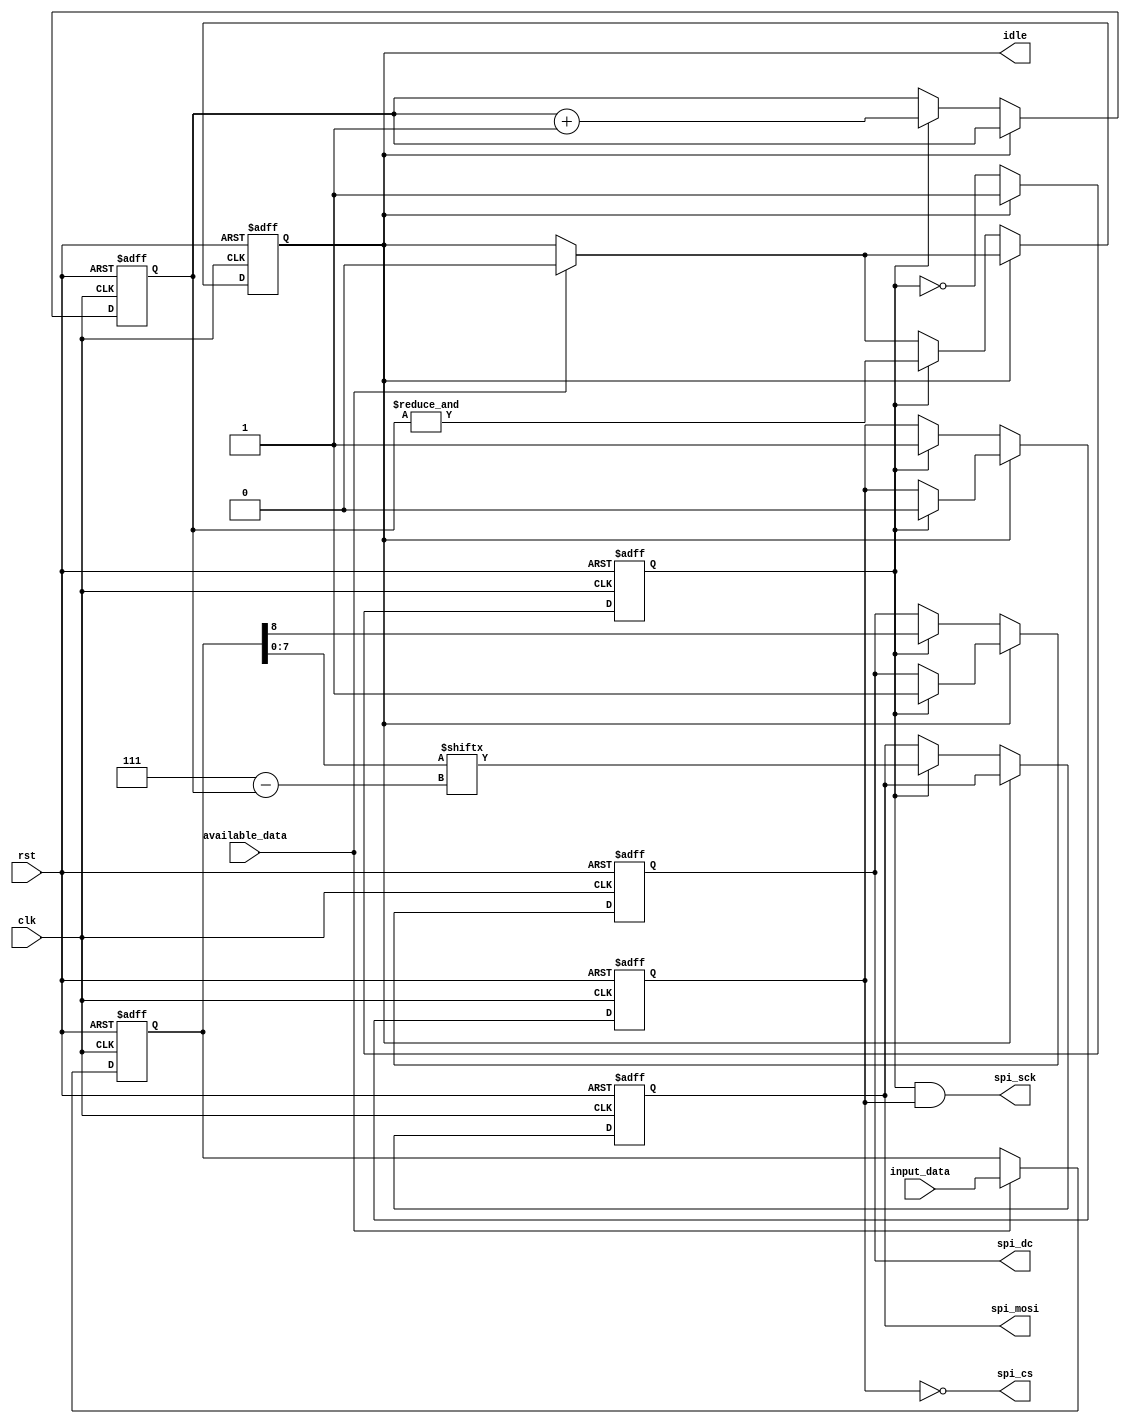
module spi_master#(parameter DATA_SIZE = 9)(
    input wire  clk,
    input wire  rst, 
    input wire  [DATA_SIZE-1:0] input_data, 
    input wire  available_data,
    output wire spi_sck, 
    output reg  spi_mosi, 
    output reg  spi_dc, 
    output wire spi_cs,
    output reg  idle
);

reg[0:2] data_bit_counter = 3'b0;
reg[DATA_SIZE-1:0] data_reg;
reg sck_reg;
reg cs_reg;

initial begin
    sck_reg <= 1'b1;
    data_reg <= 1'b0;
    data_bit_counter <= 1'b0;
    idle <= 1'b1;
    cs_reg <= 1'b0;
    spi_mosi <= 1'b0;
    spi_dc <= 1'b1;
end


wire dc = data_reg[8];
wire[0:DATA_SIZE-2] real_data = data_reg[DATA_SIZE-2:0]; 

assign spi_sck = sck_reg & cs_reg; 
assign spi_cs = !cs_reg; 

always @ (posedge clk, posedge rst) begin
    if(rst) begin
        sck_reg <= 1'b1;
        data_reg <= 1'b0;
        data_bit_counter <= 1'b0;
        idle <= 1'b1;
        cs_reg <= 1'b0;
        spi_mosi <= 1'b0;
        spi_dc <= 1'b1;
    end else begin
        if (available_data) begin
            data_reg <= input_data;
            idle <= 1'b0;
        end
        if (!idle) begin
            sck_reg <= !sck_reg;
            if (sck_reg) begin
                spi_dc <= dc;
                spi_mosi <= real_data[data_bit_counter];
                cs_reg <= 1'b1;
                data_bit_counter <= data_bit_counter + 1'b1;
                idle <= &data_bit_counter; 
            end
        end else begin
            sck_reg <= 1'b1;
            if (sck_reg) begin
                cs_reg <= 1'b0; 
                spi_dc <= 1'b1;
            end
        end
    end
end	
endmodule